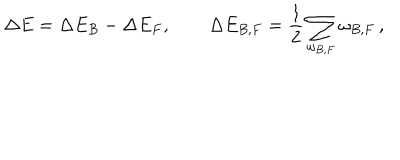
\Delta E = \Delta E _ { B } - \Delta E _ { F } , \qquad \Delta E _ { B , F } = \frac 1 2 \sum _ { \omega _ { B , F } } \omega _ { B , F } \, ,